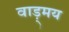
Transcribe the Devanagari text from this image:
वाड़्मय